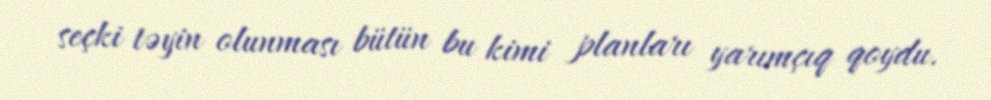
seçki təyin olunması bütün bu kimi planları yarımçıq qoydu.